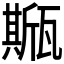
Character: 𤮓